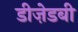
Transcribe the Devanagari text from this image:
डीज़ेडबी